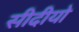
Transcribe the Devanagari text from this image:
सीदीयो